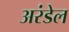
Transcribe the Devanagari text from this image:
अरंडेल